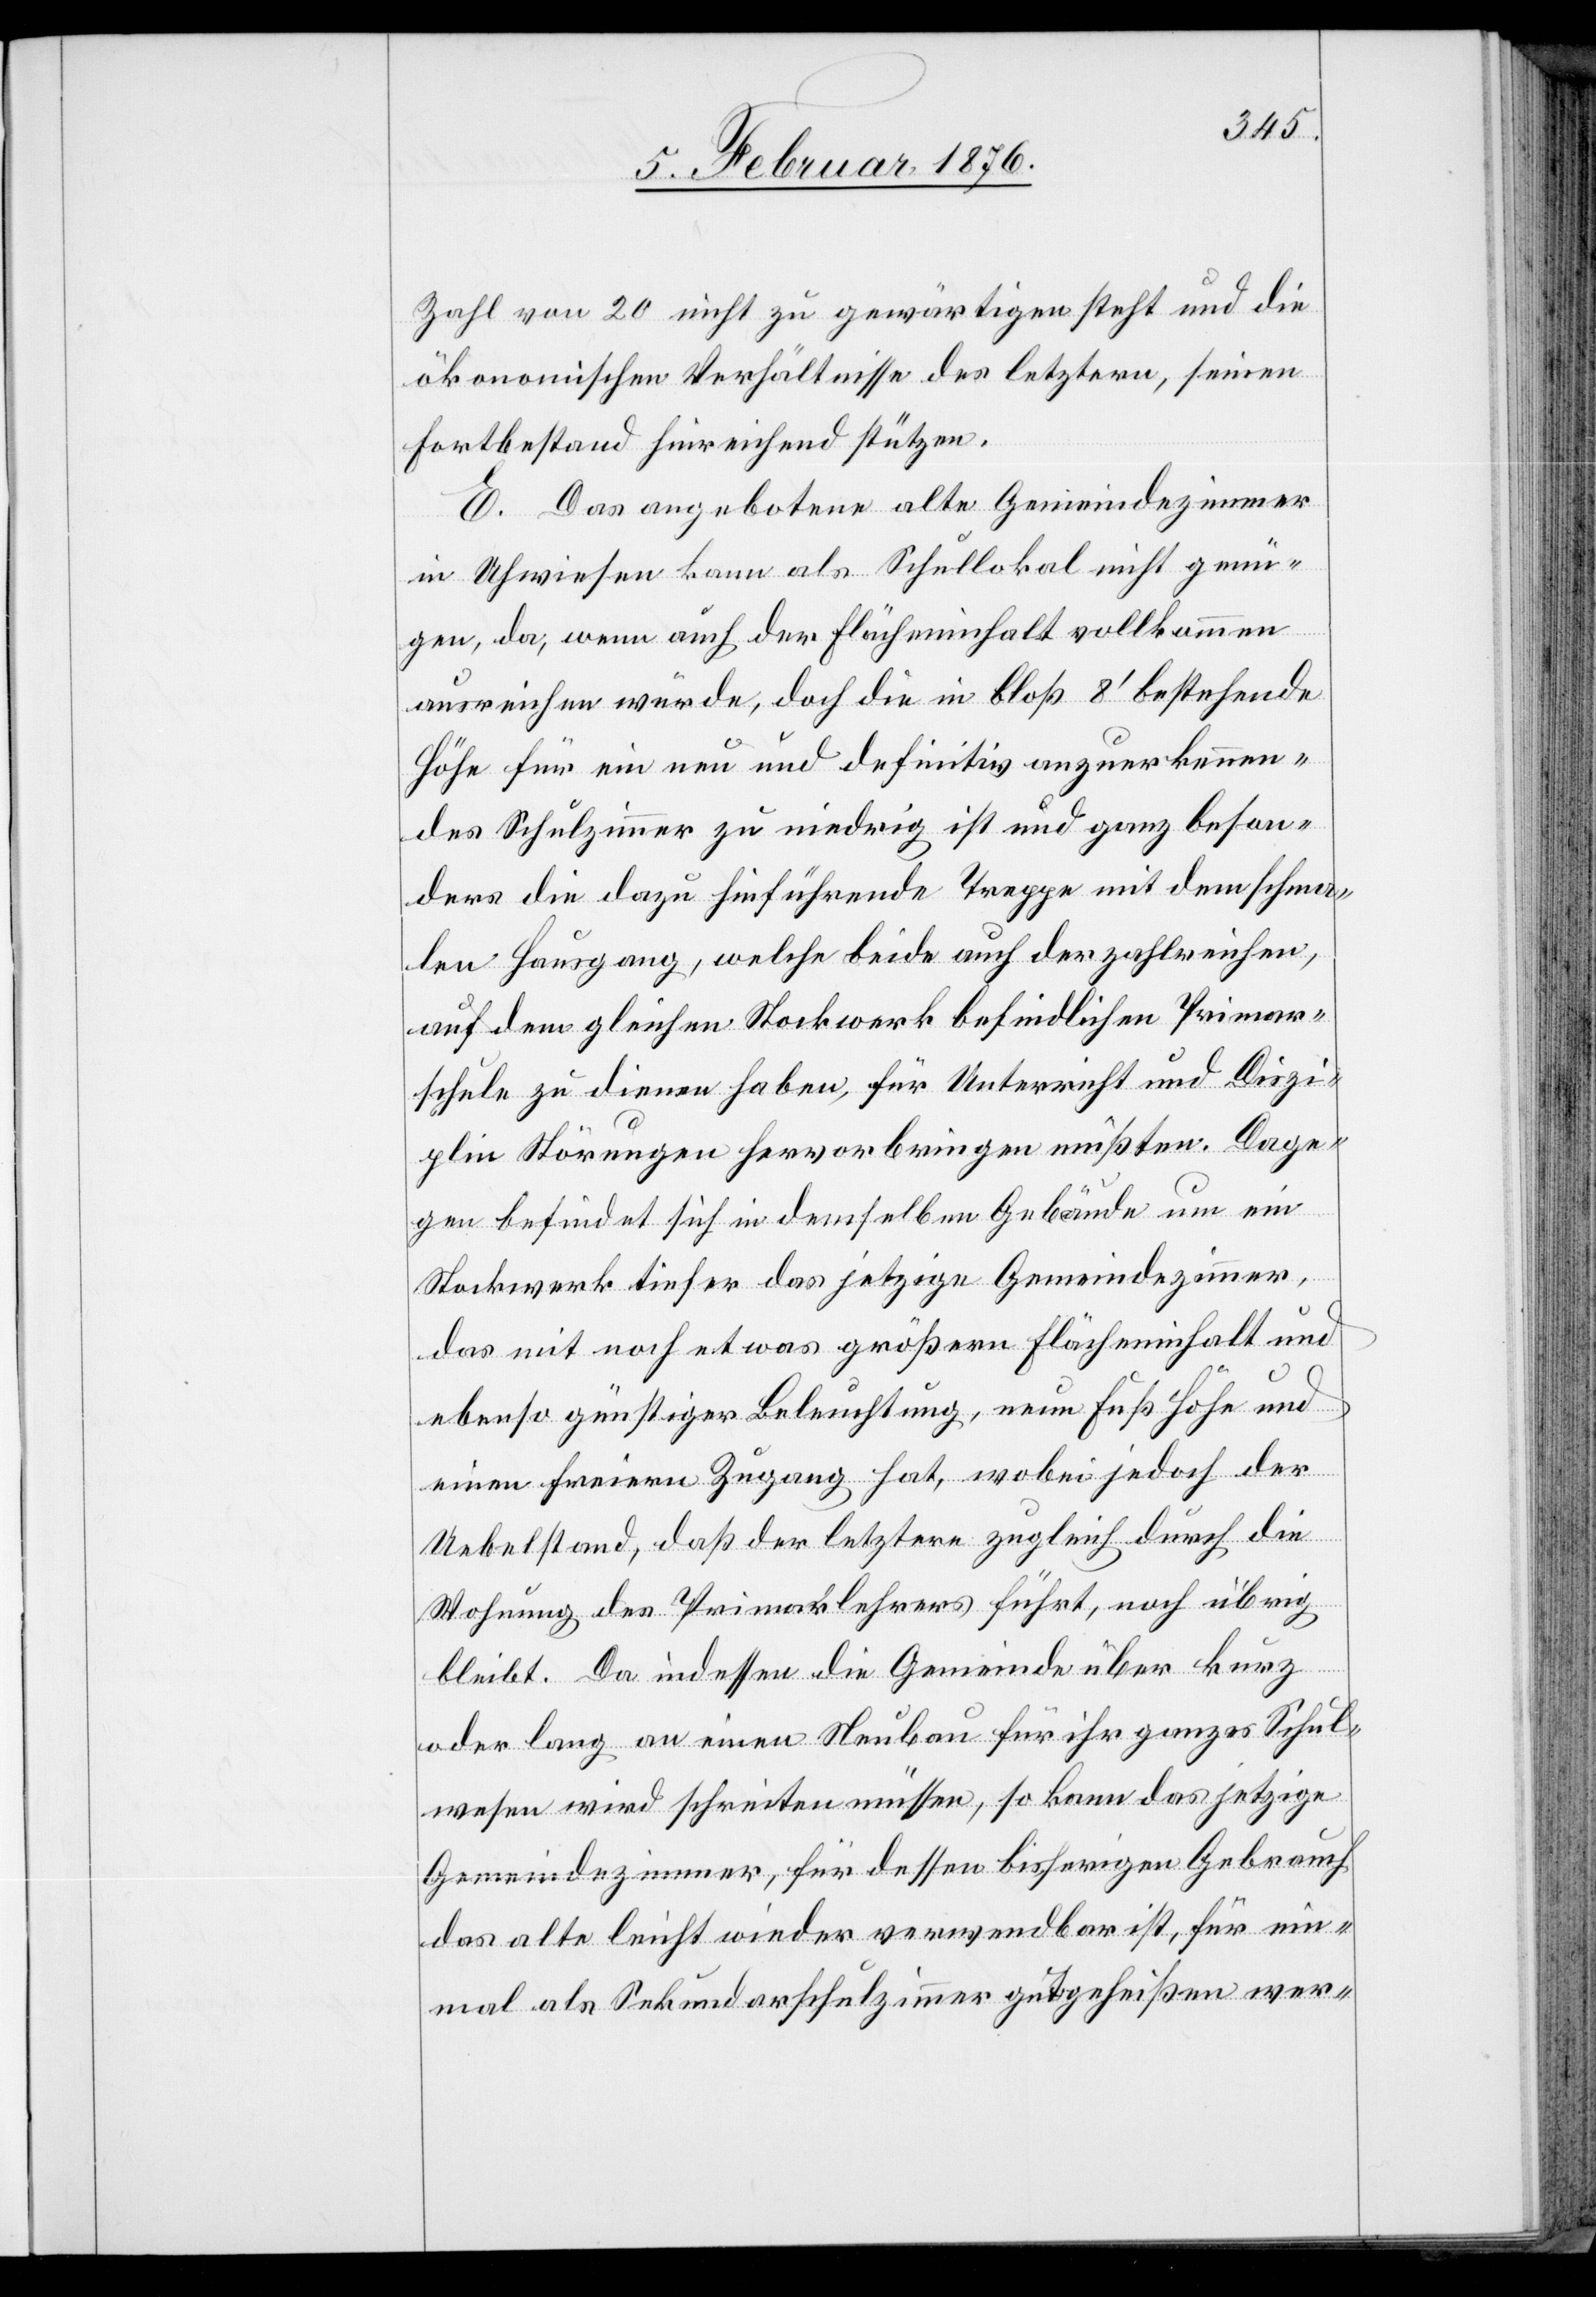
Zahl von 20 nicht zu gewärtigen steht und die
ökonomischen Verhältnisse des letzteren, seinen
Fortbestand hinreichend stützen.
E. Das angebotene alte Gemeindezimmer
in Uhwiesen kann als Schullokal nicht genü¬
gen, da, wenn auch der Flächeninhalt vollkommen
ausreichen würde, doch die in bloß 8’ bestehende
Höhe für ein neu und definitiv anzuerkennen¬
des Schulzimmer zu niedrig ist und ganz beson¬
ders die dazu hinführende Treppe mit dem schma¬
len Hausgang, welche beide auch der zahlreichen,
auf dem gleichen Stockwerk befindlichen Primar¬
schule zu dienen haben, für Unterricht und Diszi¬
plin Störungen hervorbringen müßten. Dage¬
gen befindet sich in demselben Gebäude um ein
Stockwerk tiefer das jetzige Gemeindezimmer,
das mit noch etwas größern Flächeninhalt und
ebenso günstiger Beleuchtung, neun Fuß Höhe und
einen freiern Zugang hat, wobei jedoch der
Uebelstand, daß der letztere zugleich durch die
Wohnung des Primarlehrers führt, noch übrig
bleibt. Da indessen die Gemeinde über kurz
oder lang an einen Neubau für ihr ganzes Schul¬
wesen wird schreiten müssen, so kann das jetzige
Gemeindezimmer, für dessen bisherigen Gebrauch
das alte leicht wieder verwendbar ist, für ein¬
mal als Sekundarschulzimmer gutgeheißen wer-